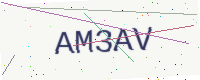
Text: AM3AV